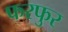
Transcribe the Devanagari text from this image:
फरफुर